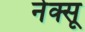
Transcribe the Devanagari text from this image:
नेक्सू